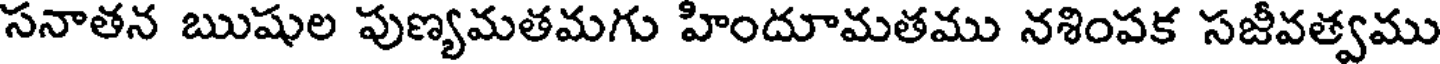
సనాతన ఋషుల పుణ్యమతమగు హిందూమతము నశింపక సజీవత్వము